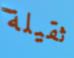
ثقيلة